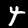
Digit: 4